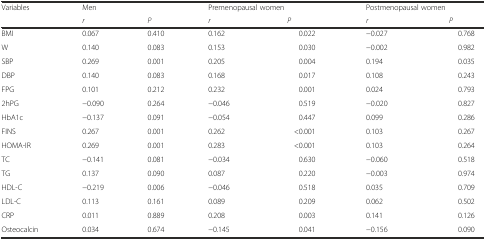
<table><thead><tr><td rowspan="2"><b>Variables</b></td><td colspan="2"><b>Men</b></td><td colspan="2"><b>Premenopausal women</b></td><td colspan="2"><b>Postmenopausal women</b></td></tr><tr><td><b><i>r</i></b></td><td><b><i>P</i></b></td><td><b><i>r</i></b></td><td><b><i>P</i></b></td><td><b><i>r</i></b></td><td><b><i>P</i></b></td></tr></thead><tbody><tr><td>BMI</td><td>0.067</td><td>0.410</td><td>0.162</td><td>0.022</td><td>−0.027</td><td>0.768</td></tr><tr><td>W</td><td>0.140</td><td>0.083</td><td>0.153</td><td>0.030</td><td>−0.002</td><td>0.982</td></tr><tr><td>SBP</td><td>0.269</td><td>0.001</td><td>0.205</td><td>0.004</td><td>0.194</td><td>0.035</td></tr><tr><td>DBP</td><td>0.140</td><td>0.083</td><td>0.168</td><td>0.017</td><td>0.108</td><td>0.243</td></tr><tr><td>FPG</td><td>0.101</td><td>0.212</td><td>0.232</td><td>0.001</td><td>0.024</td><td>0.793</td></tr><tr><td>2hPG</td><td>−0.090</td><td>0.264</td><td>−0.046</td><td>0.519</td><td>−0.020</td><td>0.827</td></tr><tr><td>HbA1c</td><td>−0.137</td><td>0.091</td><td>−0.054</td><td>0.447</td><td>0.099</td><td>0.286</td></tr><tr><td>FINS</td><td>0.267</td><td>0.001</td><td>0.262</td><td>&lt;0.001</td><td>0.103</td><td>0.267</td></tr><tr><td>HOMA-IR</td><td>0.269</td><td>0.001</td><td>0.283</td><td>&lt;0.001</td><td>0.103</td><td>0.264</td></tr><tr><td>TC</td><td>−0.141</td><td>0.081</td><td>−0.034</td><td>0.630</td><td>−0.060</td><td>0.518</td></tr><tr><td>TG</td><td>0.137</td><td>0.090</td><td>0.087</td><td>0.220</td><td>−0.003</td><td>0.974</td></tr><tr><td>HDL-C</td><td>−0.219</td><td>0.006</td><td>−0.046</td><td>0.518</td><td>0.035</td><td>0.709</td></tr><tr><td>LDL-C</td><td>0.113</td><td>0.161</td><td>0.089</td><td>0.209</td><td>0.062</td><td>0.502</td></tr><tr><td>CRP</td><td>0.011</td><td>0.889</td><td>0.208</td><td>0.003</td><td>0.141</td><td>0.126</td></tr><tr><td>Osteocalcin</td><td>0.034</td><td>0.674</td><td>−0.145</td><td>0.041</td><td>−0.156</td><td>0.090</td></tr></tbody></table>